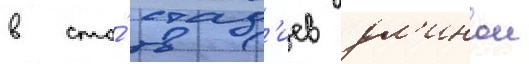
в сто́ стад'иев дл'инои